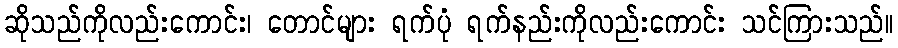
ဆိုသည်ကိုလည်းကောင်း၊ တောင်များ ရက်ပုံ ရက်နည်းကိုလည်းကောင်း သင်ကြားသည်။